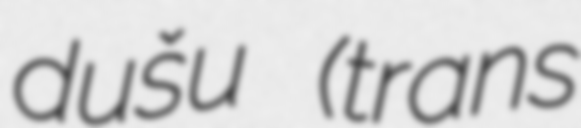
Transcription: dušu (trans